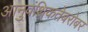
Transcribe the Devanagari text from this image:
आनुवंशिकतेबरोबर